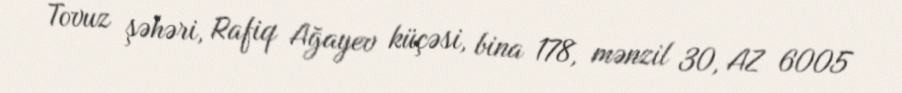
Tovuz şəhəri, Rafiq Ağayev küçəsi, bina 178, mənzil 30, AZ 6005